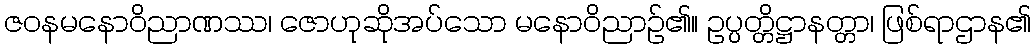
ဇဝနမနောဝိညာဏဿ၊ ဇောဟုဆိုအပ်သော မနောဝိညာဉ်၏။ ဥပ္ပတ္တိဋ္ဌာနတ္တာ၊ ဖြစ်ရာဌာန၏